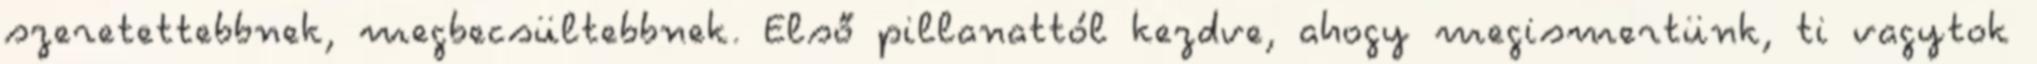
szeretettebbnek, megbecsültebbnek. Első pillanattól kezdve, ahogy megismertünk, ti vagytok